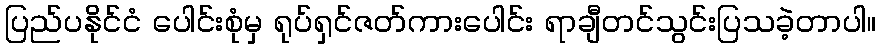
ပြည်ပနိုင်ငံ ပေါင်းစုံမှ ရုပ်ရှင်ဇတ်ကားပေါင်း ရာချီတင်သွင်းပြသခဲ့တာပါ။